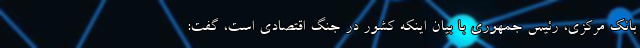
بانک مرکزی، رئیس جمهوری با بیان اینکه کشور در جنگ اقتصادی است، گفت: